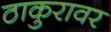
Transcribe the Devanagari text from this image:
ठाकुरावर